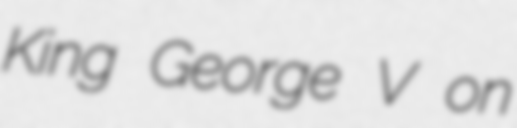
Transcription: King George V on